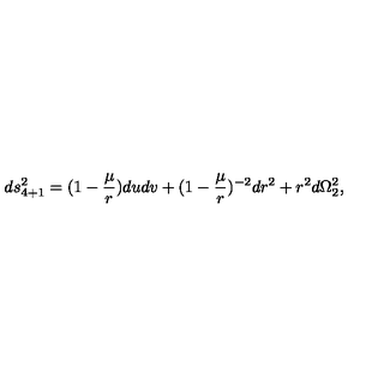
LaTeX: d s _ { 4 + 1 } ^ { 2 } = ( 1 - { \frac { \mu } { r } } ) d u d v + ( 1 - { \frac { \mu } { r } } ) ^ { - 2 } d r ^ { 2 } + r ^ { 2 } d \Omega _ { 2 } ^ { 2 } ,